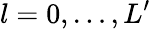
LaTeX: l=0,\ldots,L^{\prime}